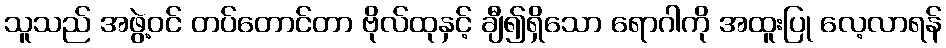
သူသည် အဖွဲ့ဝင် တပ်တောင်တာ ဗိုလ်ထုနှင့် ချီ၍ရှိသော ရောဂါကို အထူးပြု လေ့လာရန်